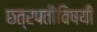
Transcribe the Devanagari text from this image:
छत्रपतींविषयी